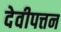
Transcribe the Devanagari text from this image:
देवीपत्तन